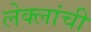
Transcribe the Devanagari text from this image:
लेक्लांची